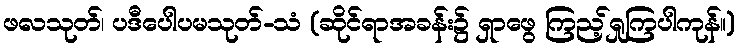
ဖလသုတ်၊ ပဒီပေါပမသုတ်-သံ (ဆိုင်ရာအခန်း၌ ရှာဖွေ ကြည့်ရှုကြပါကုန်။)